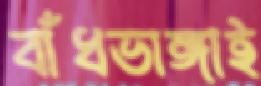
বাঁধভাঙ্গাই